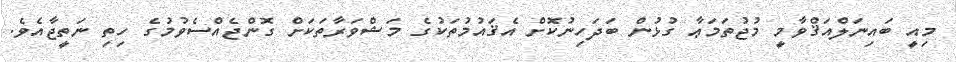
މިއީ ބައިނަލްއަޤްވާމީ މުޖުތަމަޢާ ގުޅުން ބަދަހިނުކޮށް އެޤައުމުތަކުގެ މަޝްވަރާތަކަށް ގޮންޖެއްސެވުމުގެ ހިތި ނަތީޖާއެވެ.